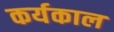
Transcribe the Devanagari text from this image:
कर्यकाल